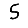
Digit: 5